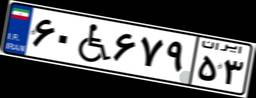
۵۶W۰۰۷۰۷